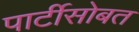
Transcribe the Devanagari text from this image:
पार्टीसोबत